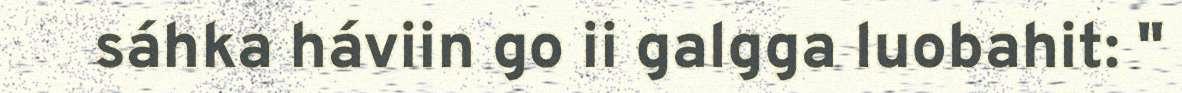
sáhka háviin go ii galgga luobahit: "